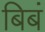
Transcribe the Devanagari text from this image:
बिबं